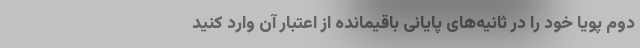
دوم پویا خود را در ثانیه‌های پایانی باقیمانده از اعتبار آن وارد کنید